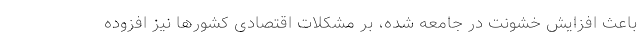
باعث افزایش خشونت در جامعه شده، بر مشکلات اقتصادی کشورها نیز افزوده